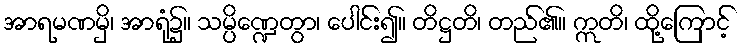
အာရမဏမှိ၊ အာရုံ၌။ သမ္ပိဏ္ဍေတွာ၊ ပေါင်း၍။ တိဋ္ဌတိ၊ တည်၏။ ဣတိ၊ ထို့ကြောင့်